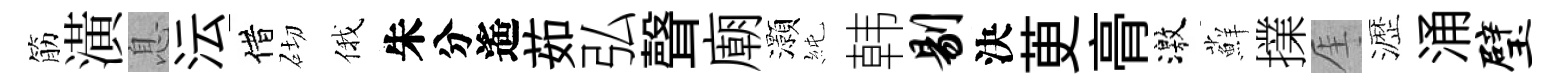
筋潢息沄借砌俄朱分遙茹弘聲廟灝純韩剔決茰𮌔激蘚擈厓瀝涌璧